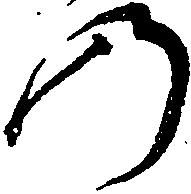
の